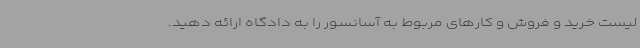
لیست خرید و فروش و کارهای مربوط به آسانسور را به دادگاه ارائه دهید.